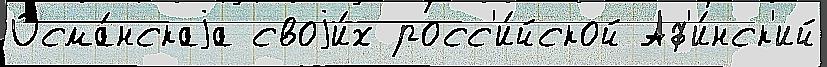
Осма́нскаjа своjи́х росс'и́йской Аф'и́нск'ий